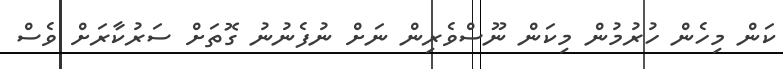
ކަން މިހެން ހުރުުމުން މިކަން ނޫސްވެރިން ނަށް ނުފެނުނު ގޮތަށް ސަރުކާރަށް ވެސް